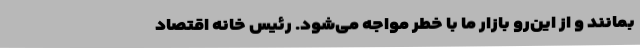
بمانند و از این‌رو بازار ما با خطر مواجه می‌شود. رئیس خانه اقتصاد